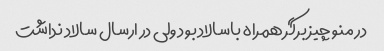
در منو چیز برگر همراه باسالاد بود ولی در ارسال سالاد نداشت